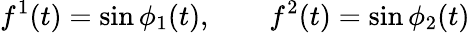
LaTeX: f^{1}(t)=\sin\phi_{1}(t),\qquad f^{2}(t)=\sin\phi_{2}(t)